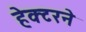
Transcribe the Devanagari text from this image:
हेक्टरने